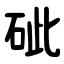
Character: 䂣